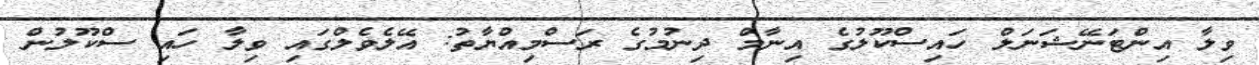
ވިލާ އިންޓަނޭޝަނަލް ހައިސްކޫލުގެ އިނާމް ދިނުމުގެ ރަސްމިއްޔާތު: އޭލެވެލްގައި ވިލާ ހައި ސްކޫލުން